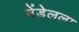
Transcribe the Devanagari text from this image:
मेंडेलला